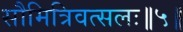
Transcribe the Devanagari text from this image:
सौमित्रिवत्सलः॥५॥